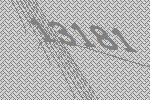
13181